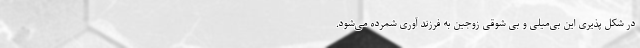
در شکل پذیری این بی‌میلی و بی شوقی زوجین به فرزند آوری شمرده می‌شود.